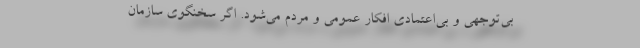
بی‌توجهی و بی‌اعتمادی افکار عمومی و مردم می‌شود. اگر سخنگوی سازمان